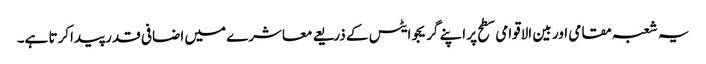
یہ شعبہ مقامی اور بین الاقوامی سطح پر اپنے گریجوایٹس کے ذریعے معاشرے میں اضافی قدر پیداکرتا ہے۔